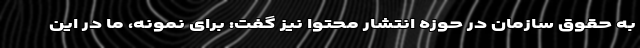
به حقوق سازمان در حوزه انتشار محتوا نیز گفت: برای نمونه، ما در این